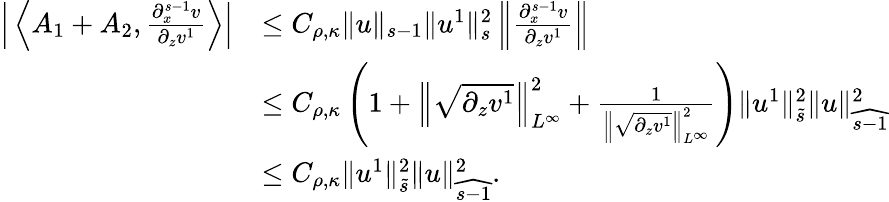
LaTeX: \begin{array}{rl}{\Big|\left\langle A_{1}+A_{2},\frac{\partial_{x}^{s-1}v}{\partial_{z}v^{1}}\right\rangle\Big|}&{\leq C_{\rho,\kappa}\| u\| _{s-1}\| u^{1}\| _{s}^{2}\left\| \frac{\partial_{x}^{s-1}v}{\partial_{z}v^{1}}\right\| }\\ &{\leq C_{\rho,\kappa}\left(1+\left\| \sqrt{\partial_{z}v^{1}}\right\| _{L^{\infty}}^{2}+\frac{1}{\left\| \sqrt{\partial_{z}v^{1}}\right\| _{L^{\infty}}^{2}}\right)\| u^{1}\| _{\tilde{s}}^{2}\| u\| _{\widehat{s-1}}^{2}}\\ &{\leq C_{\rho,\kappa}\| u^{1}\| _{\tilde{s}}^{2}\| u\| _{\widehat{s-1}}^{2}.}\end{array}